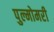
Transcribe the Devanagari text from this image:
पुल्मोमरी